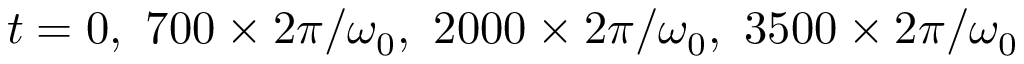
t = 0 , \ 7 0 0 \times 2 \pi / \omega _ { 0 } , \ 2 0 0 0 \times 2 \pi / \omega _ { 0 } , \ 3 5 0 0 \times 2 \pi / \omega _ { 0 }